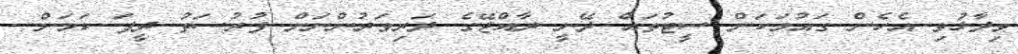
ވިދާޅުވި އެހެން ގައުމަކަށް ސީޓުތައް ދޭނީ ރާއްޖޭގެ ދަރިވަރުންނަށް ފުރުސަތު ދީފަ ކަމަށް.